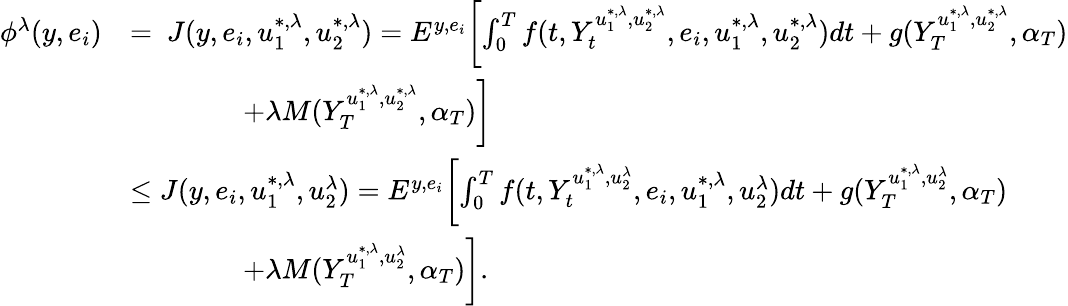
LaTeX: \begin{array}{rl}{\phi^{\lambda}(y,e_{i})}&{=\ J(y,e_{i},u_{1}^{*,\lambda},u_{2}^{*,\lambda})=E^{y,e_{i}}\biggl[\int_{0}^{T}f(t,Y_{t}^{u_{1}^{*,\lambda},u_{2}^{*,\lambda}},e_{i},u_{1}^{*,\lambda},u_{2}^{*,\lambda})dt+g(Y_{T}^{u_{1}^{*,\lambda},u_{2}^{*,\lambda}},\alpha_{T})}\\ &{\qquad\qquad+\lambda M(Y_{T}^{u_{1}^{*,\lambda},u_{2}^{*,\lambda}},\alpha_{T})\biggr]}\\ &{\leq J(y,e_{i},u_{1}^{*,\lambda},u_{2}^{\lambda})=E^{y,e_{i}}\biggl[\int_{0}^{T}f(t,Y_{t}^{u_{1}^{*,\lambda},u_{2}^{\lambda}},e_{i},u_{1}^{*,\lambda},u_{2}^{\lambda})dt+g(Y_{T}^{u_{1}^{*,\lambda},u_{2}^{\lambda}},\alpha_{T})}\\ &{\qquad\qquad+\lambda M(Y_{T}^{u_{1}^{*,\lambda},u_{2}^{\lambda}},\alpha_{T})\biggr].}\end{array}